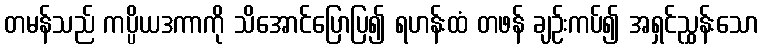
တမန်သည် ကပ္ပိယဒကာကို သိအောင်ပြောပြ၍ ရဟန်းထံ တဖန် ချဉ်းကပ်၍ အရှင်ညွှန်းသော